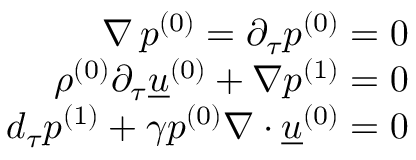
\begin{array} { r } { \nabla \, \ensuremath { p ^ { ( 0 ) } } = \partial _ { \tau } \ensuremath { p ^ { ( 0 ) } } = 0 } \\ { \ensuremath { \rho ^ { ( 0 ) } } \partial _ { \tau } \ensuremath { \underline { { u } } ^ { ( 0 ) } } + \nabla \ensuremath { p ^ { ( 1 ) } } = 0 } \\ { d _ { \tau } \ensuremath { p ^ { ( 1 ) } } + \gamma \ensuremath { p ^ { ( 0 ) } } \nabla \ensuremath { \boldsymbol { \cdot } } \ensuremath { \underline { { u } } ^ { ( 0 ) } } = 0 } \end{array}